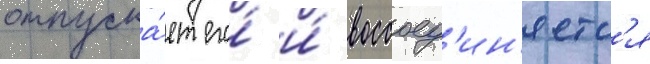
отпуска́ет его́ и́ воссоед'ин'яетс'я